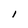
Character: I